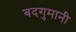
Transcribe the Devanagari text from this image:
बदगुमानी